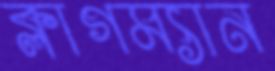
ক্লাগম্যান